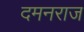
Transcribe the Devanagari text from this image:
दमनराज